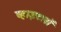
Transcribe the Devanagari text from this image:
व्हाइटलॉ